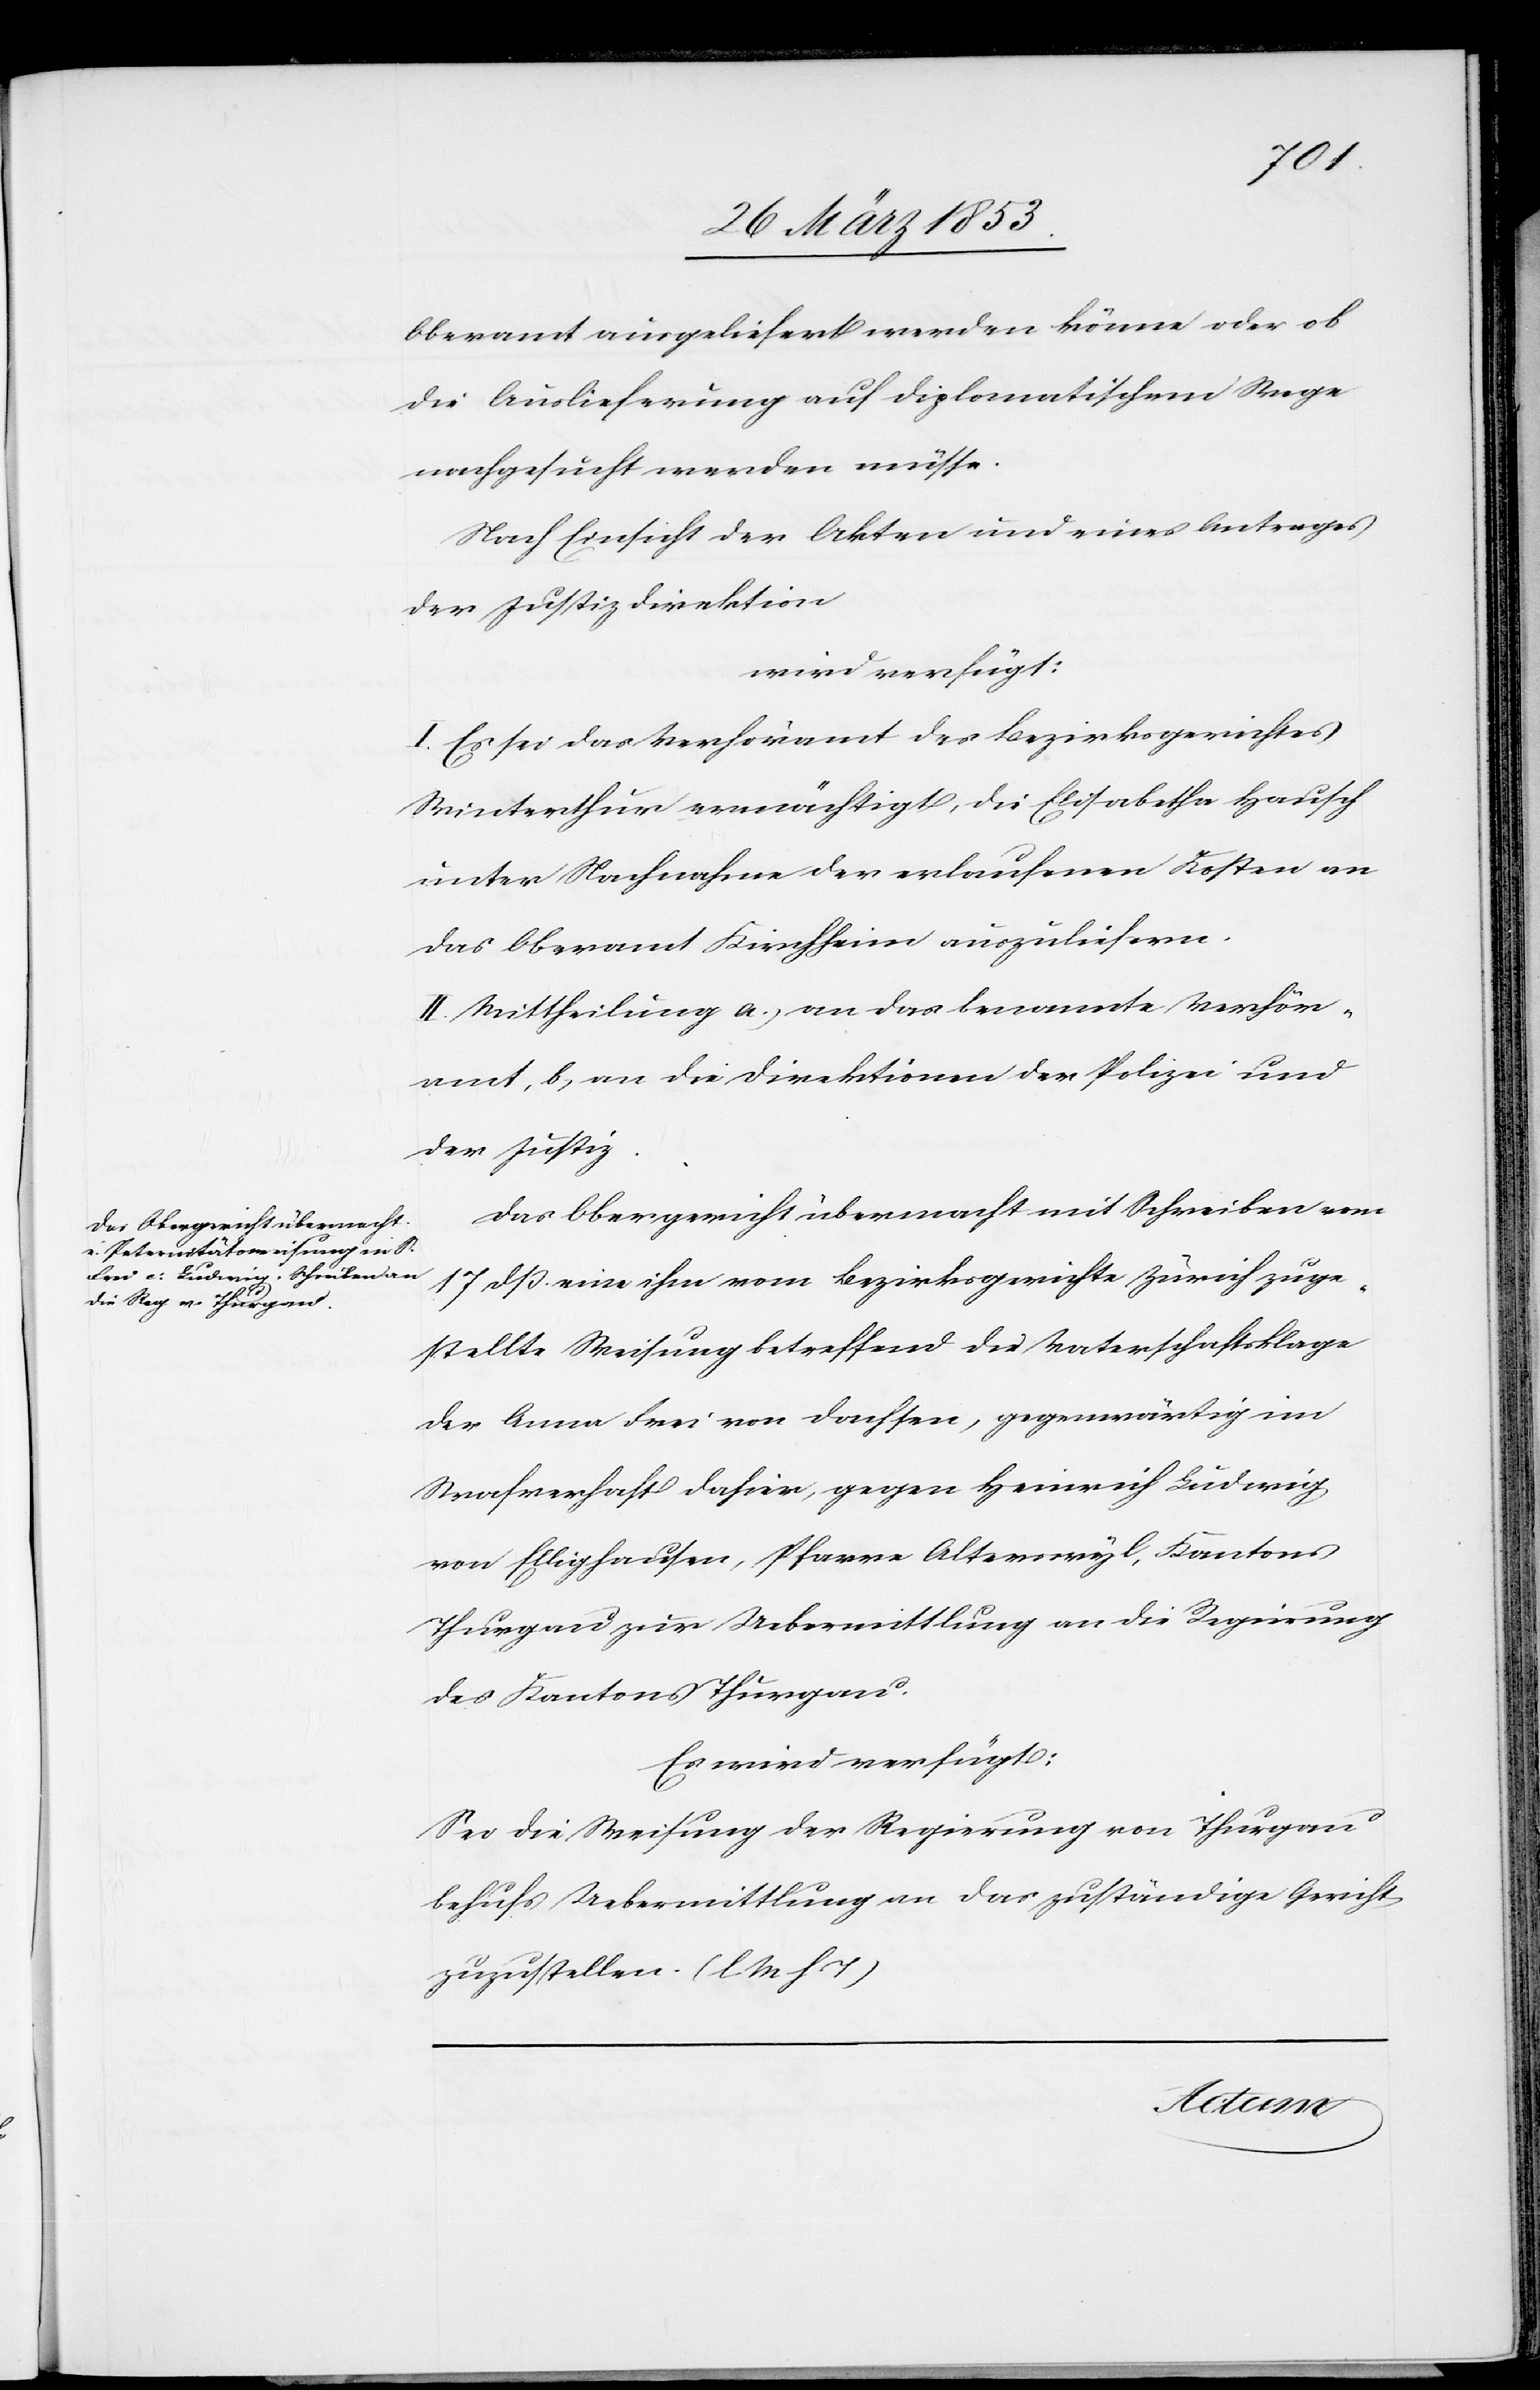
28 März 1853]
Oberamt ausgeliefert werden könne oder ob
die Auslieferung auf diplomatischem Wege
nachgesucht werden müsse.
Nach Einsicht der Akten und eines Antrages
der Justizdirektion
wird verfügt:
I. Es sei das Verhöramt des Bezirksgerichtes
Winterthur ermächtigt, die Elisabetha Hausch
unter Nachnahme der erlaufenen Kosten an
das Oberamt Kirchheim auszuliefern.
II. Mittheilung a, an das benannte Verhör¬
amt, b, an die Direktion der Polizei und
der Justiz.
Das Obergericht übermacht mit Schreiben vom
17 dß eine ihm vom Bezirksgerichte Zürich zuge¬
stellte Weisung betreffend die Vaterschaftsklage
der Anna Frei von Dachsen, gegenwärtig im
Strafverhaft dahier, gegen Heinrich Ludwig,
von Ellighausen, Pfarre Alterswyl, Kantons
Thurgau zur Uebermittlung an die Regierung
des Kantons Thurgau.
Es wird verfügt:
Sei die Weisung der Regierung von Thurgau
behufs Uebermittlung an das zuständige Gericht
zuzustellen. [l. M. h.
Actum,